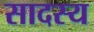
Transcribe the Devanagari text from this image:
सादस्य